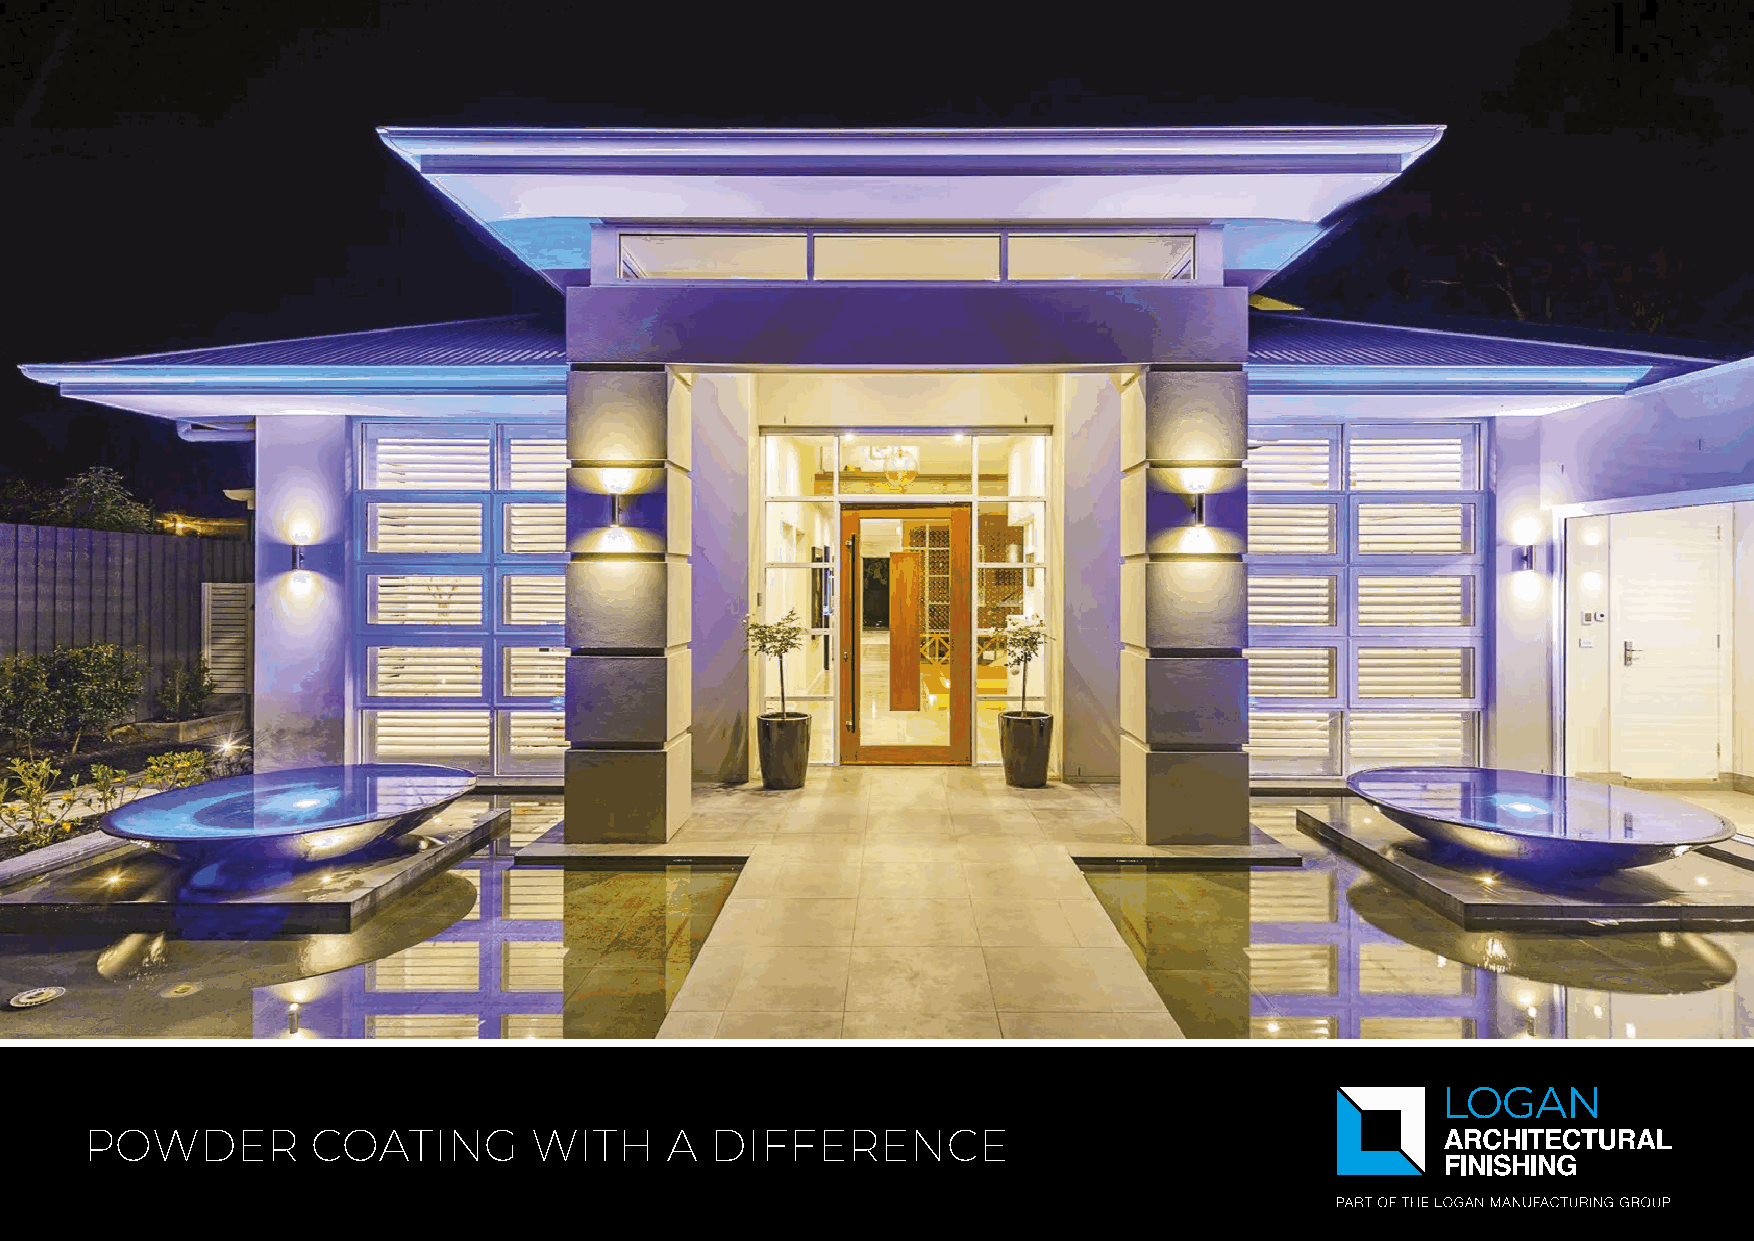
POWDER         COATING       WITH     A  DIFFERENCE